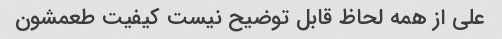
علی از همه لحاظ قابل توضیح نیست کیفیت طعمشون